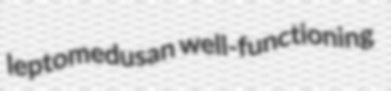
leptomedusan well-functioning